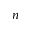
n